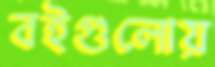
বইগুলোয়